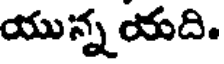
యున్న యది.